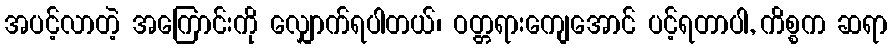
အပင့်လာတဲ့ အကြောင်းကို လျှောက်ရပါတယ်၊ ဝတ္တရားကျေအောင် ပင့်ရတာပါ, ကိစ္စက ဆရာ